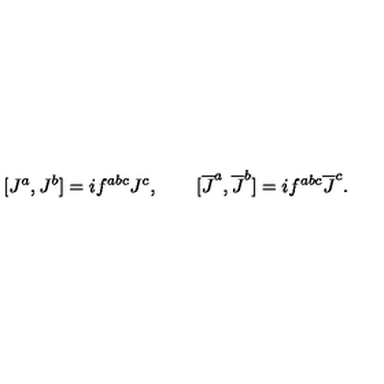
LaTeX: [ J ^ { a } , J ^ { b } ] = i f ^ { a b c } J ^ { c } , \qquad [ \overline { { J } } ^ { a } , \overline { { J } } ^ { b } ] = i f ^ { a b c } \overline { { J } } ^ { c } .